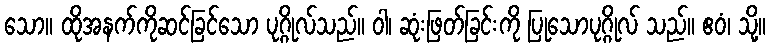
သော။ ထိုအနက်ကိုဆင်ခြင်သော ပုဂ္ဂိုလ်သည်။ ဝါ၊ ဆုံးဖြတ်ခြင်းကို ပြုသောပုဂ္ဂိုလ် သည်။ ဧဝံ၊ သို့။